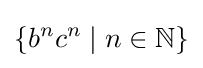
\{b^{n}c^{n}\mid n\in \mathbb {N} \}